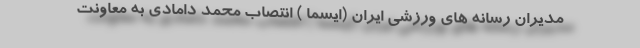
مدیران رسانه های ورزشی ایران (ایسما ) انتصاب محمد دامادی به معاونت